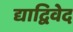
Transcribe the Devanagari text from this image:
द्याद्विवेद